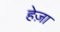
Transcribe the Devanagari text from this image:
हेज़ा